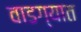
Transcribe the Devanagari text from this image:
वाडग्यात